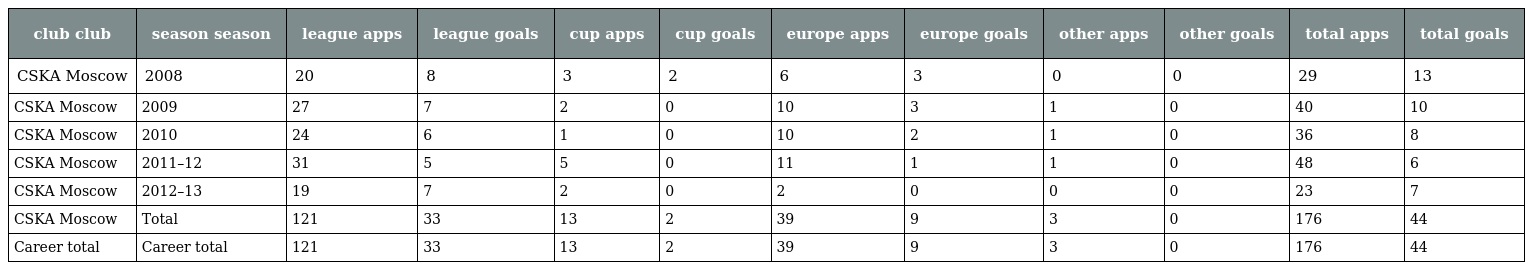
| club club | season season | league apps | league goals | cup apps | cup goals | europe apps | europe goals | other apps | other goals | total apps | total goals |
 | --- | --- | --- | --- | --- | --- | --- | --- | --- | --- | --- | --- |
 | CSKA Moscow | 2008 | 20 | 8 | 3 | 2 | 6 | 3 | 0 | 0 | 29 | 13 |
 | CSKA Moscow | 2009 | 27 | 7 | 2 | 0 | 10 | 3 | 1 | 0 | 40 | 10 |
 | CSKA Moscow | 2010 | 24 | 6 | 1 | 0 | 10 | 2 | 1 | 0 | 36 | 8 |
 | CSKA Moscow | 2011–12 | 31 | 5 | 5 | 0 | 11 | 1 | 1 | 0 | 48 | 6 |
 | CSKA Moscow | 2012–13 | 19 | 7 | 2 | 0 | 2 | 0 | 0 | 0 | 23 | 7 |
 | CSKA Moscow | Total | 121 | 33 | 13 | 2 | 39 | 9 | 3 | 0 | 176 | 44 |
 | Career total | Career total | 121 | 33 | 13 | 2 | 39 | 9 | 3 | 0 | 176 | 44 |